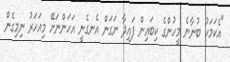
"އެކަމަކު ބުނާނެ މީހުންގެ ކިބައިން ފައިދާ ނަގަން އެނގެނީ އަހަންނަށޭ މިއަހަރު ނިމިގެން